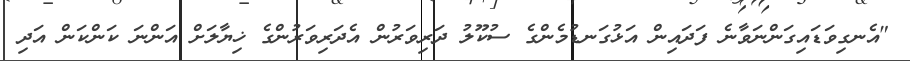
"އެނގިވަޑައިގަންނަވާނެ ފަދައިން އަޅުގަނޑުމެންގެ ސުކޫލު ދަރިވަރުން އެދަރިވަރުންގެ ޚިޔާލަށް އަންނަ ކަންކަން އަދި